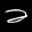
Label: 2